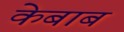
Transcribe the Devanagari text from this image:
केबाब